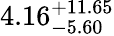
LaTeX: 4.16_{-5.60}^{+11.65}